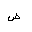
Letter: _dad